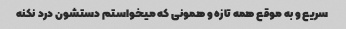
سریع و به موقع همه تازه و همونی که میخواستم دستشون درد نکنه